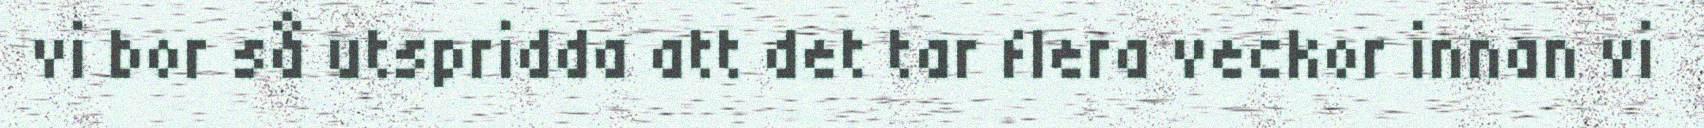
vi bor så utspridda att det tar flera veckor innan vi